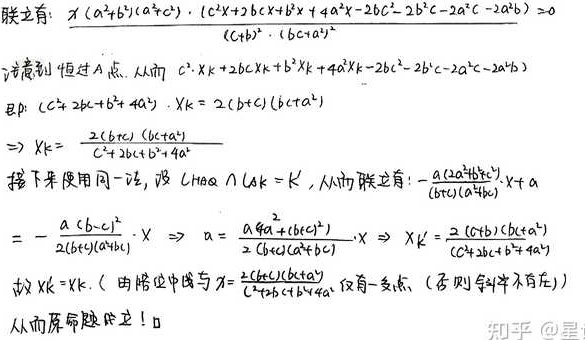
联立有：$\frac{x(a^{2}+b^{2})(a^{2}+c^{2})+(c^{2}x + 2bcx + b^{2}x + 4a^{2}x - 2bc^{2}-2b^{2}c - 2a^{2}c - 2a^{2}b)}{(c + b)^{2}\cdot(bc + a^{2})}\geq0$

注意到恒过$A$点，从而$c^{2}x+2bcx + b^{2}x+4a^{2}x - 2bc^{2}-2b^{2}c - 2a^{2}c - 2a^{2}b$
即：$(c^{2}+2bc + b^{2}+4a^{2})\cdot x=2(b + c)(bc + a^{2})$
$\Rightarrow x_{k}=\frac{2(b + c)(bc + a^{2})}{c^{2}+2bc + b^{2}+4a^{2}}$

接下来使用同一法，设$l_{HAQ}\cap l_{GAK}=K'$，从而联立有：$\frac{-a(a^{2}+b^{2}+c^{2})}{(b + c)(a^{2}+bc)}\cdot x+a$
$=-\frac{a(b - c)^{2}}{2(b + c)(a^{2}+bc)}\cdot x\Rightarrow a=\frac{a4a^{2}+(b + c)^{2}}{2(b + c)(a^{2}+b + c)}\cdot x\Rightarrow x_{k'}=\frac{2(b + c)(bc + a^{2})}{c^{2}+2bc + b^{2}+4a^{2}}$

故$x_{K}=x_{K'}$（由图中直线与$x=\frac{2(b + c)(bc + a^{2})}{c^{2}+2bc + b^{2}+4a^{2}}$仅有一交点（否则斜率不存在））

从而原命题成立！$\square$